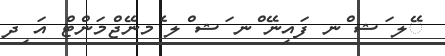
ޭލ ަޝ ްނ ފައިނޭ ްނ ަޝ ްލ ެމނޭޖްމަންޓް އަ ިދ